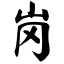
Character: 岗